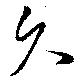
久